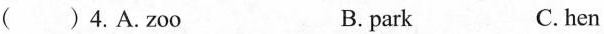
( ) 4.A.zoo B. park C. hen